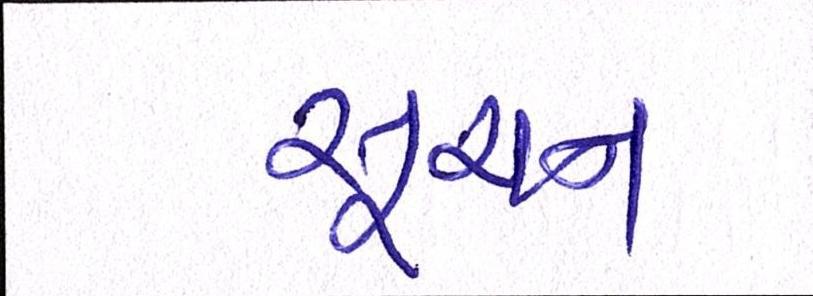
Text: સૂચન